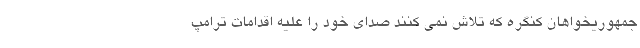
جمهوریخواهان کنگره که تلاش نمی کنند صدای خود را علیه اقدامات ترامپ